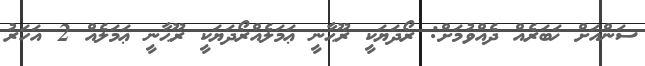
ސަންއަށް ޚަބަރެއް ދެއްވުމަށް: ރޯދަޔަކީ ރޫޙާނީ ޢަމަލެއްރޯދަޔަކީ ރޫޙާނީ ޢަމަލެއް 2 އަހަރު